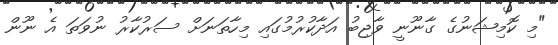
"މި ކޮމިޝަނުގެ ގާނޫނީ ވާޖިބު އަދާކުރުމުގައި މިހާތަނަށް ސަރުކާރު ނުވަތަ އެ ނޫން